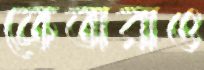
ক্রেতারাও